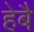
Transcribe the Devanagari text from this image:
हेबै